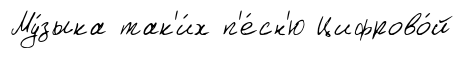
Му́зыка так'и́х п'е́сн'ю Цифрово́й